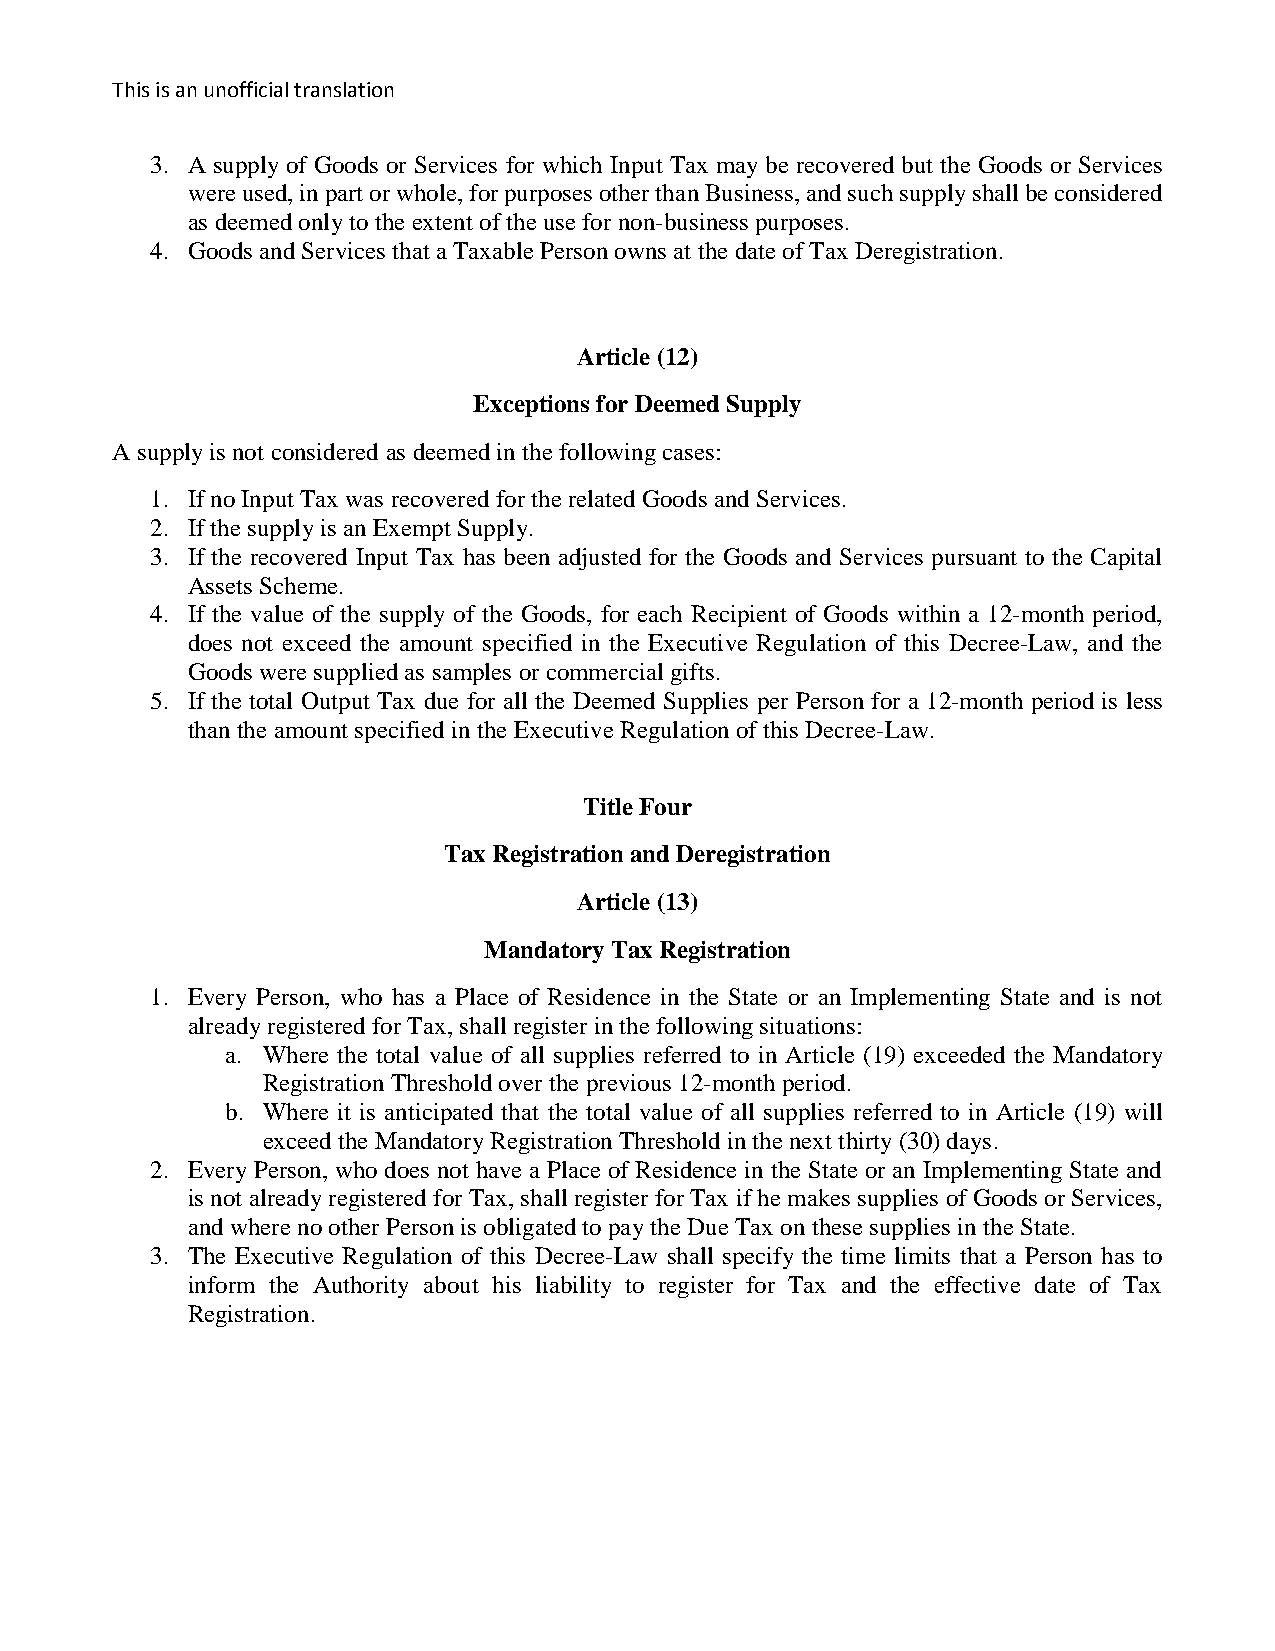
This is an unofficial translation
 3. A supply of Goods or Services for which Input Tax may be recovered but the Goods or Services
 were used, in part or whole, for purposes other than Business, and such supply shall be considered
 as deemed only to the extent of the use for non-business purposes.
 4. Goods and Services that a Taxable Person owns at the date of Tax Deregistration.
 Article (12)
 Exceptions for Deemed Supply
 A supply is not considered as deemed in the following cases:
 1. If no Input Tax was recovered for the related Goods and Services.
 2. If the supply is an Exempt Supply.
 3. If the recovered Input Tax has been adjusted for the Goods and Services pursuant to the Capital
 Assets Scheme.
 4. If the value of the supply of the Goods, for each Recipient of Goods within a 12-month period,
 does not exceed the amount specified in the Executive Regulation of this Decree-Law, and the
 Goods were supplied as samples or commercial gifts.
 5. If the total Output Tax due for all the Deemed Supplies per Person for a 12-month period is less
 than the amount specified in the Executive Regulation of this Decree-Law.
 Title Four
 Tax Registration and Deregistration
 Article (13)
 Mandatory Tax Registration
 1. Every Person, who has a Place of Residence in the State or an Implementing State and is not
 already registered for Tax, shall register in the following situations:
 a. Where the total value of all supplies referred to in Article (19) exceeded the Mandatory
 Registration Threshold over the previous 12-month period.
 b. Where it is anticipated that the total value of all supplies referred to in Article (19) will
 exceed the Mandatory Registration Threshold in the next thirty (30) days.
 2. Every Person, who does not have a Place of Residence in the State or an Implementing State and
 is not already registered for Tax, shall register for Tax if he makes supplies of Goods or Services,
 and where no other Person is obligated to pay the Due Tax on these supplies in the State.
 3. The Executive Regulation of this Decree-Law shall specify the time limits that a Person has to
 inform the Authority about his liability to register for Tax and the effective date of Tax
 Registration.